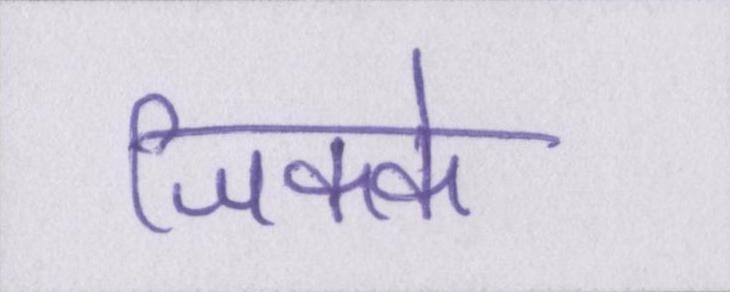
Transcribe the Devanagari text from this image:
जिक्के